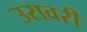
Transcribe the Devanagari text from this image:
उरावरी